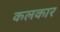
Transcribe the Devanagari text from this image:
कलकार